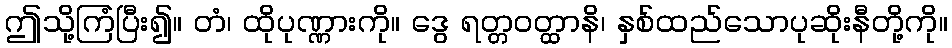
ဤသို့ကြံပြီး၍။ တံ၊ ထိုပုဏ္ဏားကို။ ဒွေ ရတ္တဝတ္ထာနိ၊ နှစ်ထည်သောပုဆိုးနီတို့ကို။